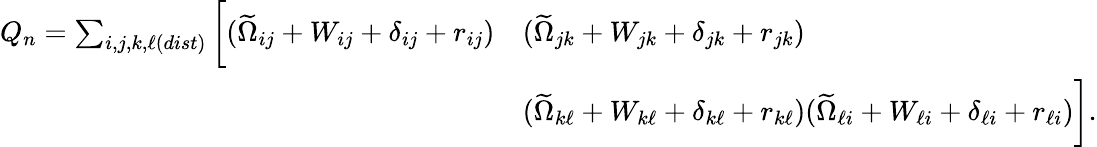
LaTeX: \begin{array}{rl}{Q_{n}=\sum_{i,j,k,\ell(dist)}\bigg[(\widetilde{\Omega}_{ij}+W_{ij}+\delta_{ij}+r_{ij})}&{(\widetilde{\Omega}_{jk}+W_{jk}+\delta_{jk}+r_{jk})}\\ &{(\widetilde{\Omega}_{k\ell}+W_{k\ell}+\delta_{k\ell}+r_{k\ell})(\widetilde{\Omega}_{\ell i}+W_{\ell i}+\delta_{\ell i}+r_{\ell i})\bigg].}\end{array}